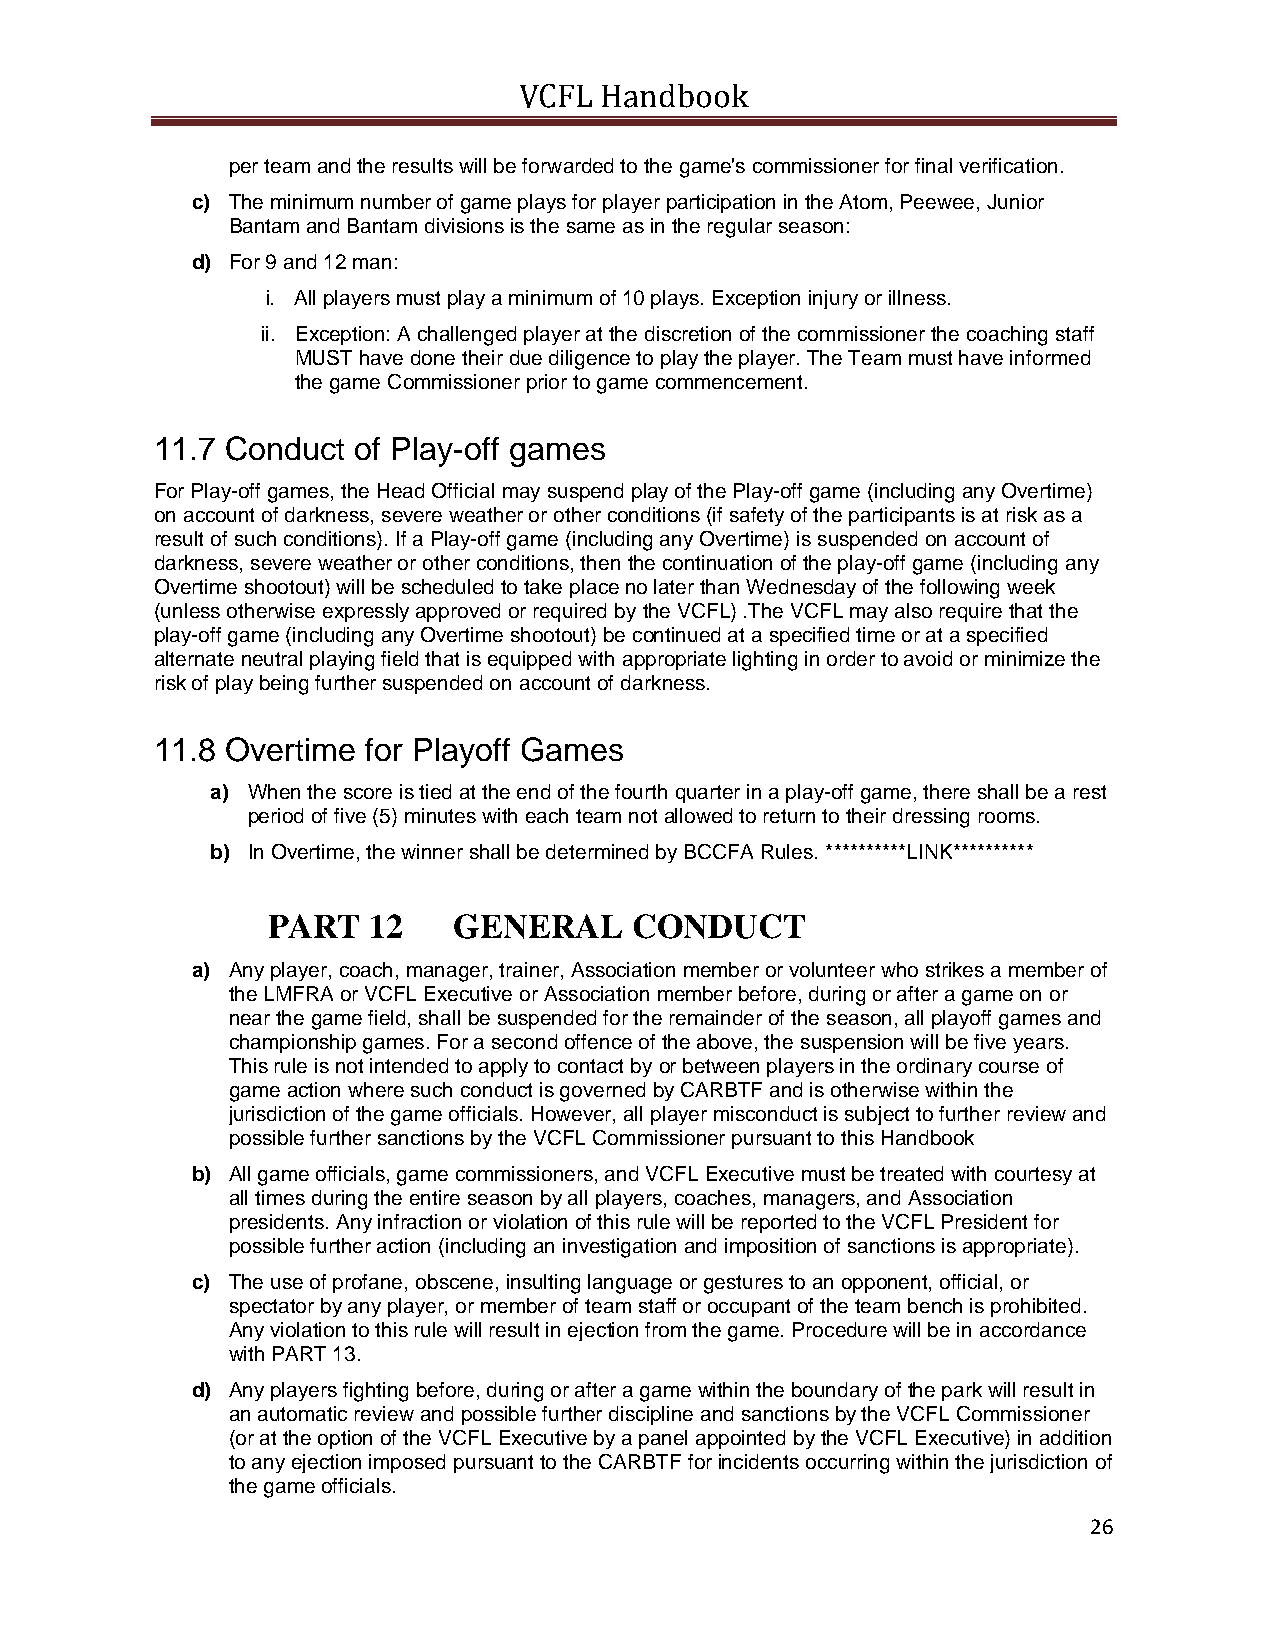
VCFL  Handbook
 per team and the results will be forwarded to the game's commissioner for final verification.
 c) The minimum number of game plays for player participation in the Atom, Peewee, Junior
 Bantam and Bantam divisions is the same as in the regular season:
 d) For 9 and 12 man:
 i. All players must play a minimum of 10 plays. Exception injury or illness.
 ii. Exception: A challenged player at the discretion of the commissioner the coaching staff
 MUST have done their due diligence to play the player. The Team must have informed
 the game Commissioner prior to game commencement.
 11.7 Conduct  of Play-off games
 For Play-off games, the Head Official may suspend play of the Play-off game (including any Overtime)
 on account of darkness, severe weather or other conditions (if safety of the participants is at risk as a
 result of such conditions). If a Play-off game (including any Overtime) is suspended on account of
 darkness, severe weather or other conditions, then the continuation of the play-off game (including any
 Overtime shootout) will be scheduled to take place no later than Wednesday of the following week
 (unless otherwise expressly approved or required by the VCFL) .The VCFL may also require that the
 play-off game (including any Overtime shootout) be continued at a specified time or at a specified
 alternate neutral playing field that is equipped with appropriate lighting in order to avoid or minimize the
 risk of play being further suspended on account of darkness.
 11.8 Overtime for Playoff Games
 a) When the score is tied at the end of the fourth quarter in a play-off game, there shall be a rest
 period of five (5) minutes with each team not allowed to return to their dressing rooms.
 b) In Overtime, the winner shall be determined by BCCFA Rules. **********LINK**********
 PART  12    GENERAL     CONDUCT
 a) Any player, coach, manager, trainer, Association member or volunteer who strikes a member of
 the LMFRA or VCFL Executive or Association member before, during or after a game on or
 near the game field, shall be suspended for the remainder of the season, all playoff games and
 championship games. For a second offence of the above, the suspension will be five years.
 This rule is not intended to apply to contact by or between players in the ordinary course of
 game action where such conduct is governed by CARBTF and is otherwise within the
 jurisdiction of the game officials. However, all player misconduct is subject to further review and
 possible further sanctions by the VCFL Commissioner pursuant to this Handbook
 b) All game officials, game commissioners, and VCFL Executive must be treated with courtesy at
 all times during the entire season by all players, coaches, managers, and Association
 presidents. Any infraction or violation of this rule will be reported to the VCFL President for
 possible further action (including an investigation and imposition of sanctions is appropriate).
 c) The use of profane, obscene, insulting language or gestures to an opponent, official, or
 spectator by any player, or member of team staff or occupant of the team bench is prohibited.
 Any violation to this rule will result in ejection from the game. Procedure will be in accordance
 with PART 13.
 d) Any players fighting before, during or after a game within the boundary of the park will result in
 an automatic review and possible further discipline and sanctions by the VCFL Commissioner
 (or at the option of the VCFL Executive by a panel appointed by the VCFL Executive) in addition
 to any ejection imposed pursuant to the CARBTF for incidents occurring within the jurisdiction of
 the game officials.
 26